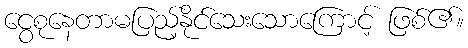
ငွေစုနေတာမပြည့်နိုင်သေးသောကြောင့် ဖြစ်၏။